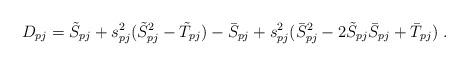
LaTeX: \begin{align*} D_{pj}=\tilde S_{pj}+s_{pj}^2(\tilde S_{pj}^2-\tilde T_{pj} )-\bar S_{pj}+s_{pj}^2(\bar S_{pj}^2-2\tilde S_{pj} \bar S_{pj}+\bar T_{pj}) \ .\end{align*}